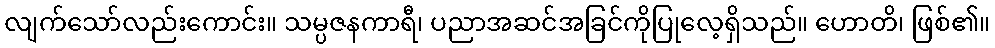
လျက်သော်လည်းကောင်း။ သမ္ပဇနကာရီ၊ ပညာအဆင်အခြင်ကိုပြုလေ့ရှိသည်။ ဟောတိ၊ ဖြစ်၏။